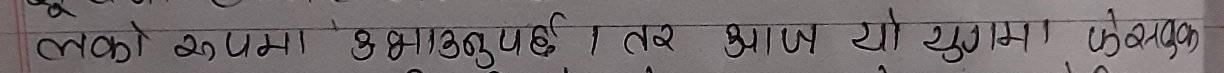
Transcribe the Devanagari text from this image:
लामो अपेक्षा गरिएको तर आज यो युगमा फैलिएको